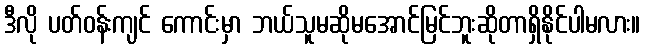
ဒီလို ပတ်ဝန်းကျင် ကောင်းမှာ ဘယ်သူမဆိုမအောင်မြင်ဘူးဆိုတာရှိနိုင်ပါမလား။